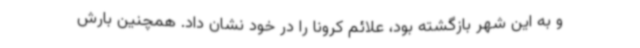
و به این شهر بازگشته بود، علائم کرونا را در خود نشان داد. همچنین بارش